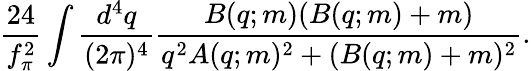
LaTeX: \frac{24}{f_{\pi}^{2}}\int\frac{d^{4}q}{(2\pi)^{4}}\frac{B(q;m)(B(q;m)+m)}{q^{2}A(q;m)^{2}+(B(q;m)+m)^{2}}.